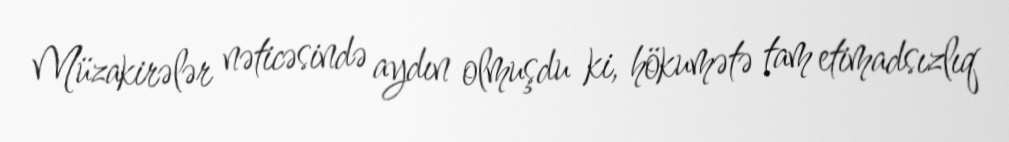
Müzakirələr nəticəsində aydın olmuşdu ki, hökumətə tam etimadsızlıq